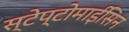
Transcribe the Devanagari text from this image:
स्टेप्टोमाईसिन